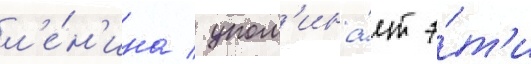
л'е́н'ина / упом'ина́ет э́т'и